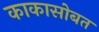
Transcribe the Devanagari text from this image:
काकासोबत